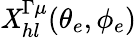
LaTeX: \mathit{X}_{hl}^{\Gamma\mu}(\theta_{e},\phi_{e})